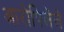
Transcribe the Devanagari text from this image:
आरोपिलेले